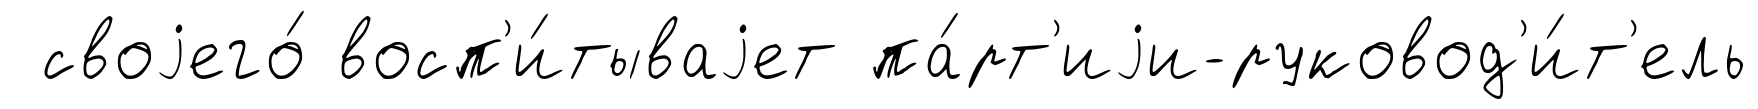
своjего́ восп'и́тываjет па́рт'иjи-руковод'и́т'ель